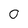
Character: 0